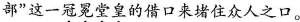
部”这一冠冕堂皇的借口来堵住众人之口。